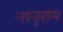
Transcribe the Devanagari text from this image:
नानृतम